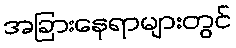
အခြားနေရာများတွင်